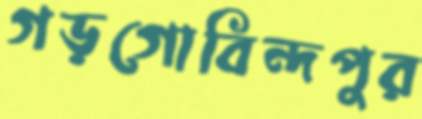
গড়গোবিন্দপুর